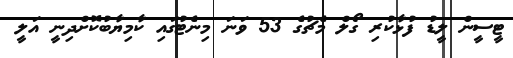
ޓީސީން ލީޑު ފުޅާކުރި ގޯލް މެޗުގެ 53 ވަނަ މިނެޓުގައި ކާމިޔާބުކޮށްދިނީ އަލީ